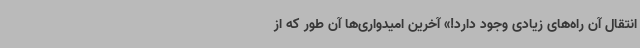
انتقال آن راه‌های زیادی وجود دارد!» آخرین امیدواری‌ها آن طور که از